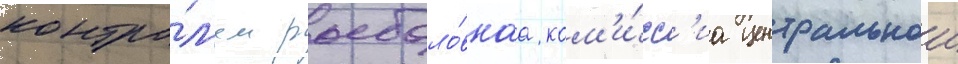
контро́л'ем рыболо́внаа ком'и́сс'иа центральнои